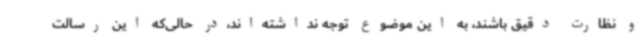
و نظارت دقیق باشند، به این موضوع توجه نداشته‌اند،در حالی‌که این رسالت